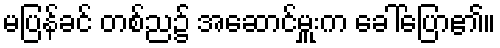
မပြန်ခင် တစ်ည၌ အဆောင်မှူးက ခေါ်ပြော၏။